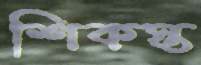
শিকস্ত